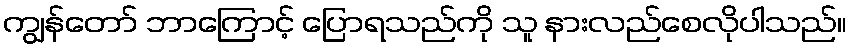
ကျွန်တော် ဘာကြောင့် ပြောရသည်ကို သူ နားလည်စေလိုပါသည်။